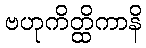
ဗဟုကိတ္ထိကာနိ